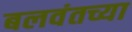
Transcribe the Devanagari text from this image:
बलवंतच्या